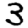
Digit: 3